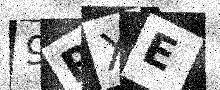
Text: 9RXE